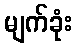
မျက်ခုံး